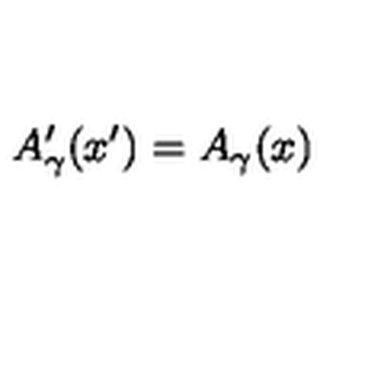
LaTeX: A _ { \gamma } ^ { \prime } ( x ^ { \prime } ) = A _ { \gamma } ( x )